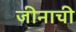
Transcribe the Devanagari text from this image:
जीनाची